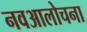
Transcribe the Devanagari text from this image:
नवआलोचना